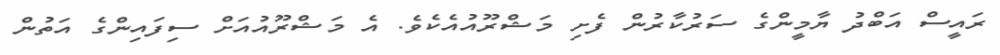
ރައީސް އަބްދު ޔާމީންގެ ސަރުކާރުން ފެށި މަޝްރޫއުއެކެވެ. އެ މަޝްރޫއުއަށް ސިފައިންގެ އަތުން